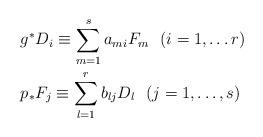
LaTeX: \begin{align*}&g^{*}D_{i} \equiv \sum_{m=1}^{s}a_{mi}F_{m}\ \ (i=1,\dots r)\\&{p}_{*}F_{j} \equiv \sum_{l=1}^{r}b_{lj}D_{l} \ \ (j=1,\dots, s)\end{align*}